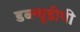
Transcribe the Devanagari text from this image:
डब्ल्यूडीपी